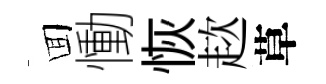
囬慟恢趑草